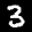
Label: 3